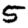
Digit: 5